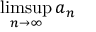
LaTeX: \operatorname* { l i m s u p } _ { n \to \infty } a _ { n }